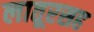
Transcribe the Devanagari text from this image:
लातूरसह